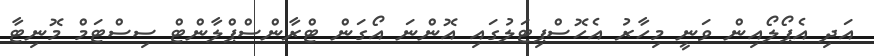
އަދި އެޕޯލޯއިން ވަނީ މިހާރު އެހޮސްޕިޓަލުގައި އޮންނަ އޯގަން ޓްރާންސްޕްލާންޓް ސިސްޓަމް މޮނިޓާ